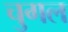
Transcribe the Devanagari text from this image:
चुगल